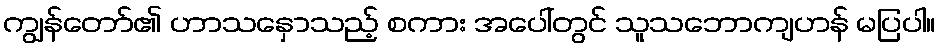
ကျွန်တော်၏ ဟာသနှောသည့် စကား အပေါ်တွင် သူသဘောကျဟန် မပြပါ။